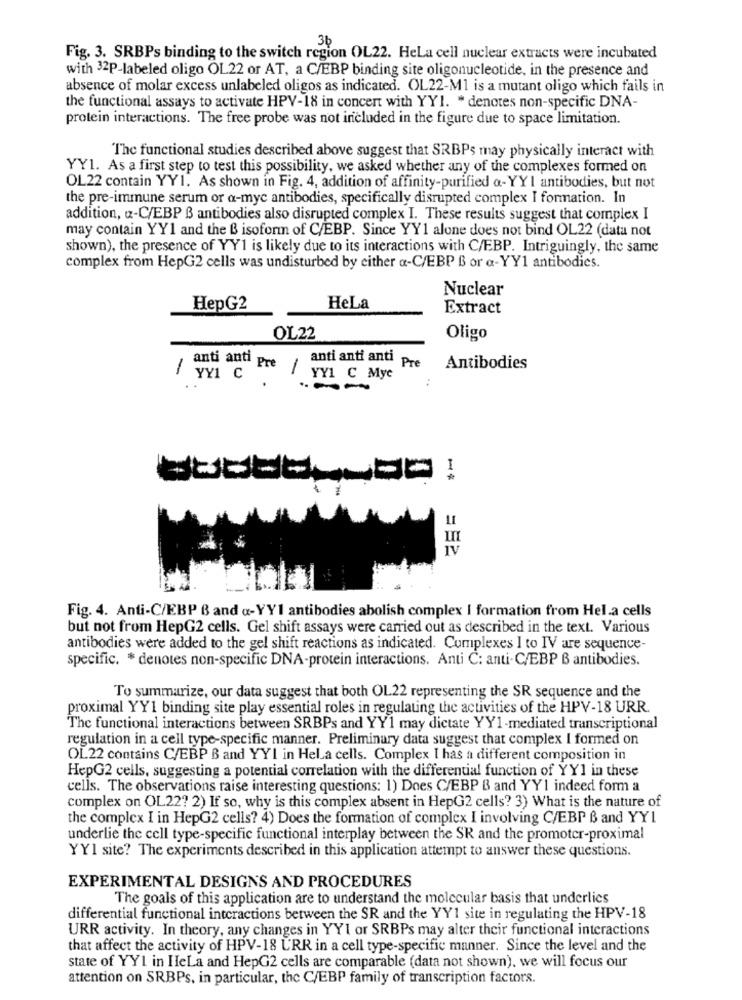
Fig. 3. SRBPs binding to the switch region OL22. HeLa cell nuclear extracts were incubated
with 32P-labeled oligo OL22 or AT, a C/EBP binding site oligonucleotide, in the presence and
absence of molar excess unlabeled oligos as indicated. OL22-M1 is a mutant oligo which fails in
the functional assays to activate HPV-18 in concert with YY1. * denotes non-specific DNA-
protein interactions. The free probe was not included in the figure due to space limitation.
The functional studies described above suggest that SRBPs may physically interact with
YY1. As a first step to test this possibility, we asked whether any of the complexes formed on
OL22 contain YY1. As shown in Fig. 4, addition of affinity-purified a-YYI antibodies, but not
the pre-immune serum or a-myc antibodies, specifically disrupted complex I formation. In
addition, u-C/EBP B antibodies also disrupted complex I. These results suggest that complex I
may contain YY1 and the B isoform of C/EBP. Since YY1 alone does not bind OL22 (data not
shown), the presence of YY1 is likely due to its interactions with C/EBP. Intriguingly, the same
complex from HepG2 cells was undisturbed by either a-C/EBP B or a-YY1 antibodies.
Nuclear
HepG2
HeLa
Extract
OL22
Oligo
anti anti p
anti anti anti
-
Pre /
1 Pre
Antibodies
YY1 C Mye
..
--
**
IV
Fig. 4. Anti-C/EBP B and «-YY1 antibodies abolish complex I formation from Hel.a cells
but not from HepG2 cells. Gel shift assays were carried out as described in the text. Various
antibodies were added to the gel shift reactions as indicated. Complexes I to IV are sequence-
specific. * denotes non-specific DNA-protein interactions. Anti C: anti-C/EBP B antibodies.
To summarize, our data suggest that both OL22 representing the SR sequence and the
proximal YY1 binding site play essential roles in regulating the activities of the HPV-18 URR.
The functional interactions between SRBPs and YY1 may dictate YY1-mediated transcriptional
regulation in a cell type-specific manner. Preliminary data suggest that complex I formed on
OL22 contains C/EBP B and YYI in Hela cells. Complex I has a different composition in
HepG2 cells, suggesting a potential correlation with the differential function of YY1 in these
cells. The observations raise interesting questions: 1) Does C/EBP B and YY1 indeed form a
complex on OL22? 2) If so, why is this complex absent in HepG2 cells? 3) What is the nature of
the complex I in HepG2 cells? 4) Does the formation of complex I involving C/EBP B and YY1
underlie the cell type-specific functional interplay between the SR and the promoter-proximal
YYI site? The experiments described in this application attempt to answer these questions.
EXPERIMENTAL DESIGNS AND PROCEDURES
The goals of this application are to understand the molecular basis that underlies
differential functional interactions between the SR and the YY1 site in regulating the HPV-18
URR activity. In theory, any changes in YY1 or SRBPs may alter their functional interactions
that affect the activity of HPV-18 URR in a cell type-specific manner. Since the level and the
state of YYI in HeLa and HepG2 cells are comparable (data not shown), we will focus our
attention on SRBPs, in particular, the C/EBP family of transcription factors.